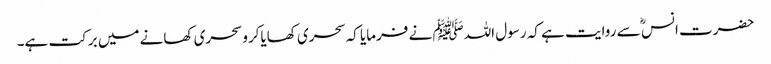
حضرت انس ؓ سے روایت ہے کہ رسول اللہﷺ نے فرمایا کہ سحری کھایاکرو سحری کھانے میں برکت ہے۔